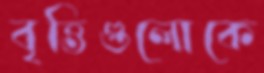
বৃত্তিগুলোকে